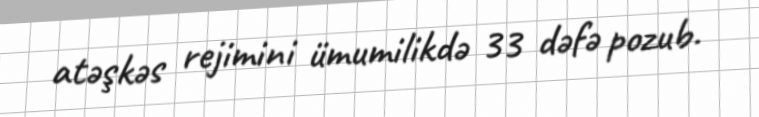
atəşkəs rejimini ümumilikdə 33 dəfə pozub.